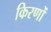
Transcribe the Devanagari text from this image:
किरणोँ